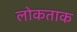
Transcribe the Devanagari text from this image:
लोकताक